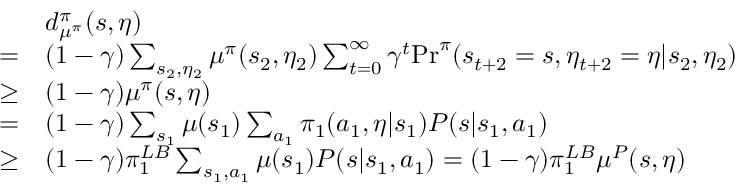
\begin{array} { r l } & { d _ { \mu ^ { \pi } } ^ { \pi } ( s , \eta ) } \\ { = } & { ( 1 - \gamma ) \sum _ { s _ { 2 } , \eta _ { 2 } } \mu ^ { \pi } ( s _ { 2 } , \eta _ { 2 } ) \sum _ { t = 0 } ^ { \infty } \gamma ^ { t } \mathrm { P r } ^ { \pi } ( s _ { t + 2 } = s , \eta _ { t + 2 } = \eta | s _ { 2 } , \eta _ { 2 } ) } \\ { \ge } & { ( 1 - \gamma ) \mu ^ { \pi } ( s , \eta ) } \\ { = } & { ( 1 - \gamma ) \sum _ { s _ { 1 } } \mu ( s _ { 1 } ) \sum _ { a _ { 1 } } \pi _ { 1 } ( a _ { 1 } , \eta | s _ { 1 } ) P ( s | s _ { 1 } , a _ { 1 } ) } \\ { \ge } & { ( 1 - \gamma ) \pi _ { 1 } ^ { L B } \sum _ { s _ { 1 } , a _ { 1 } } \mu ( s _ { 1 } ) P ( s | s _ { 1 } , a _ { 1 } ) = ( 1 - \gamma ) \pi _ { 1 } ^ { L B } \mu ^ { P } ( s , \eta ) } \end{array}